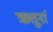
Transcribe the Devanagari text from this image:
ऋत्तूनां